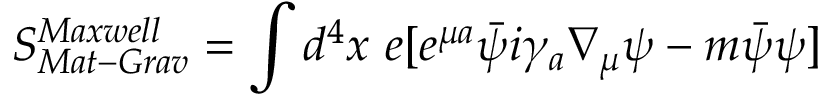
S _ { M a t - G r a v } ^ { M a x w e l l } = \int d ^ { 4 } x \ e [ e ^ { \mu a } \bar { \psi } i \gamma _ { a } \nabla _ { \mu } \psi - m \bar { \psi } \psi ]